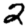
Digit: 2